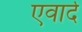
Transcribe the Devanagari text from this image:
एवार्द